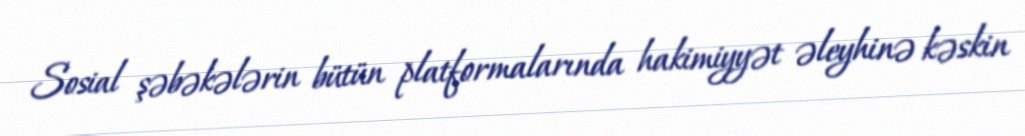
Sosial şəbəkələrin bütün platformalarında hakimiyyət əleyhinə kəskin